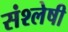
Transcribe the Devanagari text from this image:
संश्लेषी